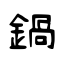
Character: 鍋